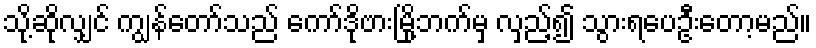
သို့ဆိုလျှင် ကျွန်တော်သည် ကော်ဒိုဗားမြို့ဘက်မှ လှည့်၍ သွားရပေဦးတော့မည်။